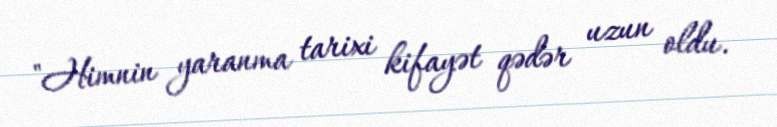
"Himnin yaranma tarixi kifayət qədər uzun oldu.